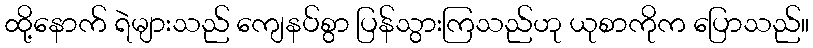
ထို့နောက် ရဲများသည် ကျေနပ်စွာ ပြန်သွားကြသည်ဟု ယုစာကိုက ပြောသည်။